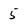
Character: 5